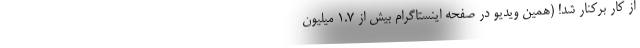
از كار بركنار شد! (همین ویدیو در صفحه اینستاگرام بیش از 1.7 میلیون